Reports on military cantonments and civil stations in the Presidency of Bombay inspected by the Sanitary Commissioner in the years 1875 and 1876
Year: 1875
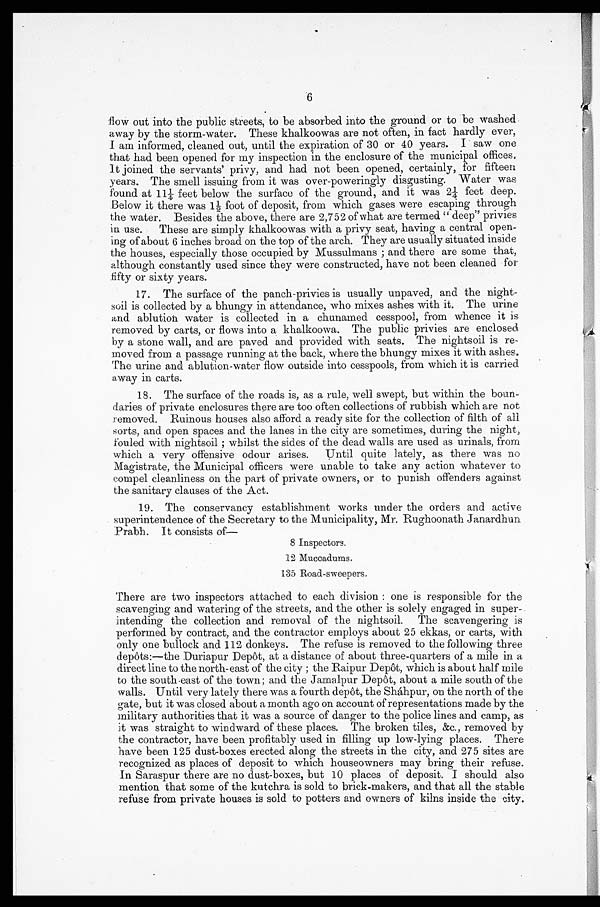
6
flow out into the public streets, to be absorbed into the ground or to be washed
away by the storm-water. These khalkoowas are not often, in fact hardly ever,
I am informed, cleaned out, until the expiration of 30 or 40 years. I saw one
that had been opened for my inspection in the enclosure of the municipal offices.
It joined the servants' privy, and had not been opened, certainly, for fifteen
years. The smell issuing from it was over-poweringly disgusting. Water was
f o u n d a t 1 1 1 / 4 f e e t b e l o w t h e s u r f a c e o f t h e g r o u n d , a n d i t wa s 2 1 / 4 f e e t d e e p .
Be l ow i t t he r e wa s 11/ 2 f oot of de pos i t , f r om whi c h ga s e s we r e e s c a pi ng t hr ough
the water. Besides the above, there are 2,752 of what are termed "deep" privies
in use. These are simply khalkoowas with a privy seat, having a central open
-ing of about 6 inches broad on the top of the arch. They are usually situated inside
the houses, especially those occupied by Mussulmans ; and there are some that,
although constantly used since they were constructed, have not been cleaned for
fifty or sixty years.
17. The surface of the panch-privies is usually unpaved, and the night-
soil is collected by a bhungy in attendance, who mixes ashes with it. The urine
and ablution water is collected in a chunamed cesspool, from whence it is
removed by carts, or flows into a khalkoowa. The public privies are enclosed
by a stone wall, and are paved and provided with seats. The nightsoil is re
-moved from a passage running at the back, where the bhungy mixes it with ashes.
The urine and ablution-water flow outside into cesspools, from which it is carried
away in carts.
18. The surface of the roads is, as a rule, well swept, but within the boun
-daries of private enclosures there are too often collections of rubbish which are not
removed. Ruinous houses also afford a ready site for the collection of filth of all
sorts, and open spaces and the lanes in the city are sometimes, during the night,
fouled with nightsoil; whilst the sides of the dead walls are used as urinals, from
which a very offensive odour arises. Until quite lately, as there was no
Magistrate, the Municipal officers were unable to take any action whatever to
compel cleanliness on the part of private owners, or to punish offenders against
the sanitary clauses of the Act.
19. The conservancy establishment works under the orders and active
superintendence of the Secretary to the Municipality, Mr. Rughoonath Janardhun
Prabh. It consists of—
8 Inspectors.
12 Muccadums
.
135 Road-sweepers.
There are two inspectors attached to each division : one is responsible for the
scavenging and watering of the streets, and the other is solely engaged in super
-intending the collection and removal of the nightsoil. The scavengering is
performed by contract, and the contractor employs about 25 ekkas, or carts, with
only one bullock and 112 donkeys. The refuse is removed to the following three
depôts:—the Duriapur Depôt, at a distance of about three-quarters of a mile in a
direct line to the north-east of the city ; the Raipur Depôt, which is about half mile
t o t h e s o u t h - e a s t o f t h e t o wn ; a n d t h e J a ma l p u r De p ô t , a b o u t a mi l e s o u t h o f t h e
walls. Until very lately there was a fourth depôt, the Sháhpur, on the north of the
gate, but it was closed about a month ago on account of representations made by the
military authorities that it was a source of danger to the police lines and camp, as
it was straight to windward of these places. The broken tiles, &c., removed by
the contractor, have been profitably used in filling up low-lying places. There
have been 125 dust-boxes erected along the streets in the city, and 275 sites are
recognized as places of deposit to which houseowners may bring their refuse.
In Saraspur there are no dust-boxes, but 10 places of deposit. I should also
mention that some of the kutchra is sold to brick-makers, and that all the stable
refuse from private houses is sold to potters and owners of kilns inside the city.